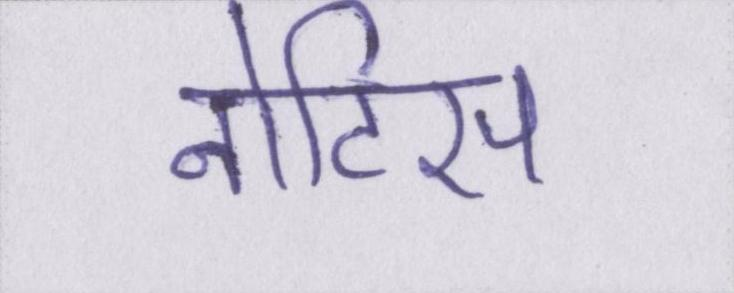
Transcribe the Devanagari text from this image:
नोटिस